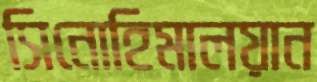
সিনোহিমালয়ান